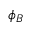
\phi _ { B }